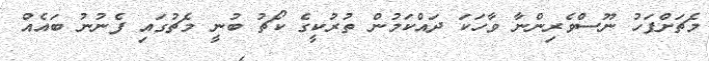
މެޗަށްފަހު ނޫސްވެރިންނާ ވާހަކަ ދައްކަމުން ތުރުކީގެ ކޯޗު ބުނީ މެޗުގައި ފެނުނު ބައެއް